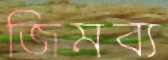
জিমব্য